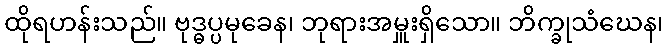
ထိုရဟန်းသည်။ ဗုဒ္ဓပ္ပမုခေန၊ ဘုရားအမှူးရှိသော။ ဘိက္ခုသံဃေန၊